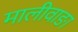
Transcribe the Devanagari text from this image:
मालीवाङा